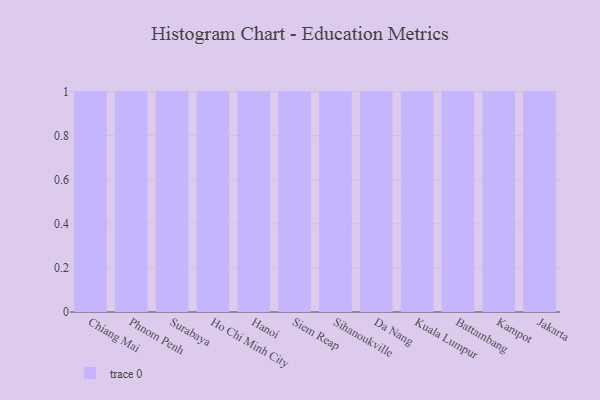
{"axis": {"x": "City", "y": "Customer Acquisition Cost (USD)"}, "legend": [""], "data": [{"x": "Chiang Mai", "y": 97, "type": ""}, {"x": "Phnom Penh", "y": 10, "type": ""}, {"x": "Surabaya", "y": 97, "type": ""}, {"x": "Ho Chi Minh City", "y": 62, "type": ""}, {"x": "Hanoi", "y": 91, "type": ""}, {"x": "Siem Reap", "y": 77, "type": ""}, {"x": "Sihanoukville", "y": 52, "type": ""}, {"x": "Da Nang", "y": 86, "type": ""}, {"x": "Kuala Lumpur", "y": 46, "type": ""}, {"x": "Battambang", "y": 31, "type": ""}, {"x": "Kampot", "y": 13, "type": ""}, {"x": "Jakarta", "y": 24, "type": ""}]}